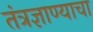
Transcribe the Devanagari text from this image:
तंत्रज्ञाण्याचा